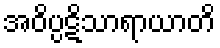
အဝိပ္ပဋိသာရာယာတိ